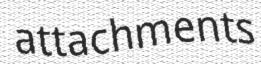
attachments